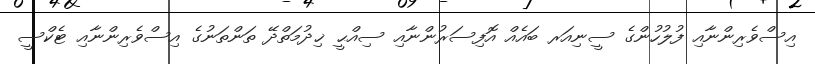
އިސްވެރިންނާއި ފުލުހުންގެ ސީނިއަރ ބައެއް އޮފިސަރުންނާއި ސިއްޙީ ޚިދުމަތްދޭ ތަންތަނުގެ އިސްވެރިންނާއި ޓެކްސީ